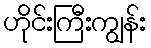
ဟိုင်းကြီးကျွန်း